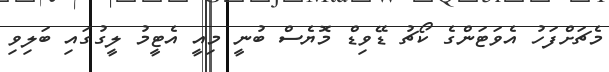
މެޗަށްފަހު އެވަޓަންގެ ކޯޗު ޑޭވިޑް މޮޔެސް ބުނީ މިއީ އެޓީމު ލީގުގައި ބަލިވި